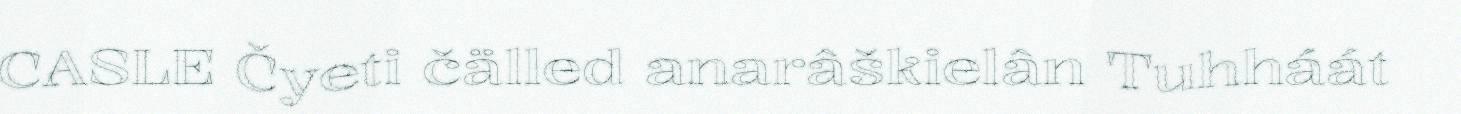
CASLE Čyeti čälled anarâškielân Tuhháát